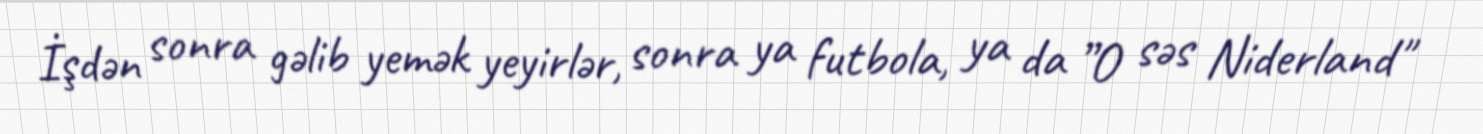
İşdən sonra gəlib yemək yeyirlər, sonra ya futbola, ya da ”O səs Niderland"